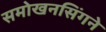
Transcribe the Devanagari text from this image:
समोखनसिंगने